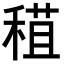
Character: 𥠙